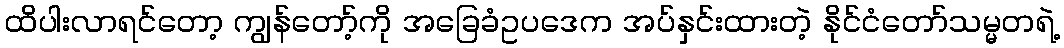
ထိပါးလာရင်တော့ ကျွန်တော့်ကို အခြေခံဥပဒေက အပ်နှင်းထားတဲ့ နိုင်ငံတော်သမ္မတရဲ့